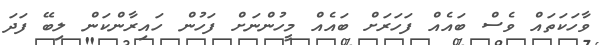
ވާހަކަތައް ވެސް ބައެއް ފަހަރަށް ބައެއް މީހުންނަށް ފަހުން ހައިރާންކަން ލިބޭ ފަދަ